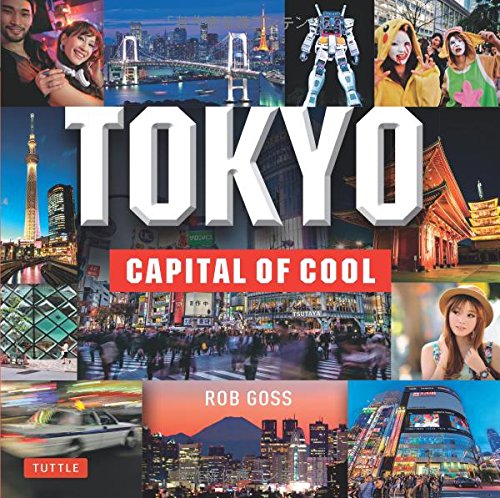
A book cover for Tokyo: Capital of Cool; Rob Goss; Travel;